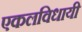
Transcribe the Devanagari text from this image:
एकलविधायी